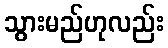
သွားမည်ဟုလည်း